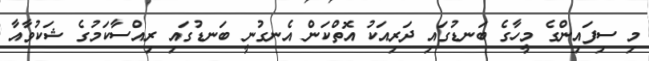
މި ސިފައިންގެ މީހާގެ ބަނޑުގައި ދަރިއަކު އޮތްކަން އެނގުނީ ބަނޑުގައި ރިއްސާކަމުގެ ޝަކުވާއާ